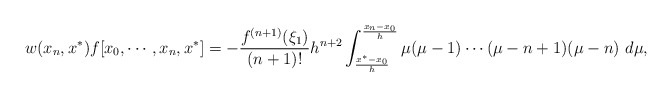
\begin{align*}\begin{aligned}w(x_n,x^*) f[x_0,\cdots, x_n,x^*]=-\frac{f^{(n+1)}(\xi_1)}{(n+1)!}h^{n+2}\int^{\frac{x_n-x_0}{h}}_{\frac{x^*-x_0}{h}}\mu(\mu-1)\cdots(\mu-n+1)(\mu-n)\ d\mu,\end{aligned}\end{align*}